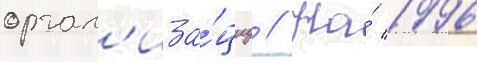
орган'иза́циу // На́ 1996